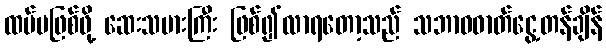
ထပ်မဖြစ်ဖို့ ဆေးသမားကြီး ဖြစ်၍လာရတော့သည် သဘာဝဓာတ်ငွေ့တန်ချိန်